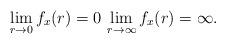
LaTeX: \begin{align*}\lim_{r \to 0}f_x(r)=0\, \lim_{r \to \infty}f_x(r)=\infty .\end{align*}